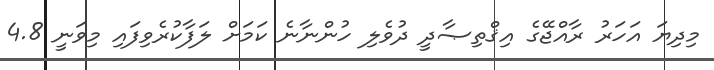
މިދިޔަ އަހަރު ރާއްޖޭގެ އިޤްތިޞާދީ ދުވެލި ހުންނާނެ ކަމަށް ލަފާކުރެވިފައި މިވަނީ 4.8